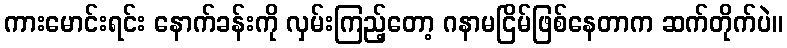
ကားမောင်းရင်း နောက်ခန်းကို လှမ်းကြည့်တော့ ဂနာမငြိမ်ဖြစ်နေတာက ဆက်တိုက်ပဲ။